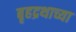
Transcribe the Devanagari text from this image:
बृहद्रथाच्या